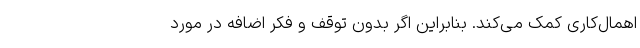
اهمال‌‌کاری کمک می‌کند. بنابراین اگر بدون توقف و فکر اضافه در مورد